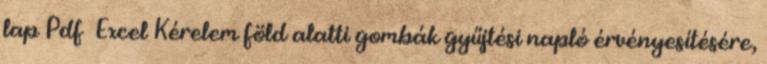
lap Pdf Excel Kérelem föld alatti gombák gyűjtési napló érvényesítésére,